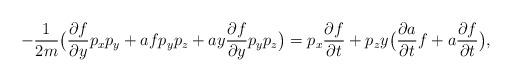
LaTeX: \begin{align*}-\frac{1}{2m}\big( \frac{\partial f}{\partial y} p_xp_y+af p_yp_z+ay\frac{\partial f}{\partial y}p_yp_z \big)=p_x \frac{\partial f}{\partial t}+p_z y\big( \frac{\partial a}{\partial t}f+a\frac{\partial f}{\partial t} \big),\end{align*}